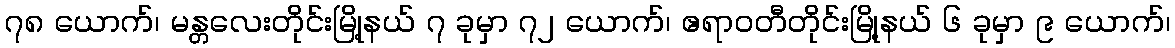
၇၈ ယောက်၊ မန္တလေးတိုင်းမြို့နယ် ၇ ခုမှာ ၇၂ ယောက်၊ ဧရာဝတီတိုင်းမြို့နယ် ၆ ခုမှာ ၉ ယောက်၊